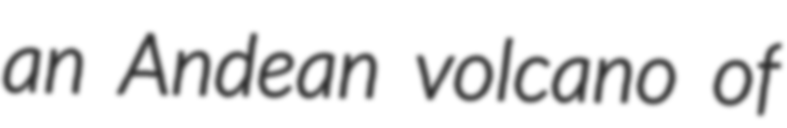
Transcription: an Andean volcano of